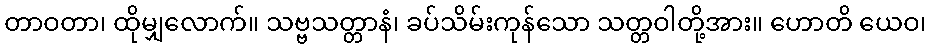
တာဝတာ၊ ထိုမျှလောက်။ သဗ္ဗသတ္တာနံ၊ ခပ်သိမ်းကုန်သော သတ္တဝါတို့အား။ ဟောတိ ယေဝ၊